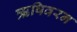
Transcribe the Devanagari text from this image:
ऋषिवरन